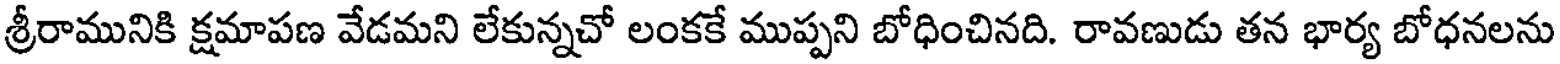
శ్రీరామునికి క్షమాపణ వేడమని లేకున్నచో లంకకే ముప్పని బోధించినది. రావణుడు తన భార్య బోధనలను